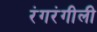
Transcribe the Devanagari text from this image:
रंगरंगीली